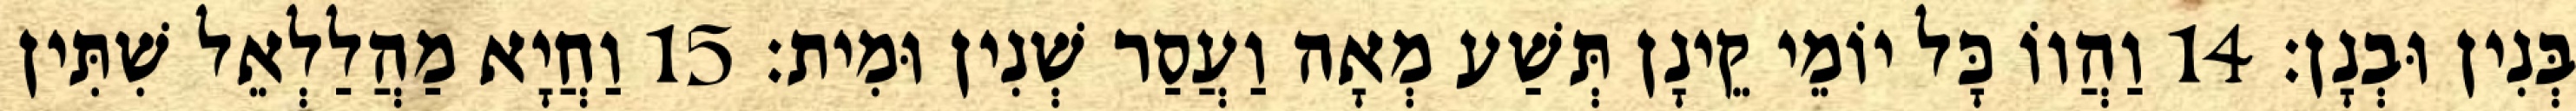
בְּנִין וּבְנָן׃ 14 וַהֲווֹ כָּל יוֹמֵי קֵינָן תְּשַׁע מְאָה וַעֲסַר שְׁנִין וּמִית׃ 15 וַחֲיָא מַהֲלַלְאֵל שִׁתִּין